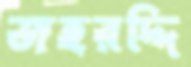
জহরদ্দি